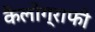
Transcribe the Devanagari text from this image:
कैलोग्राफी